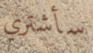
سأشتري